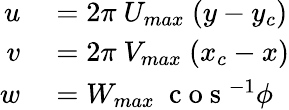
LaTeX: \begin{array}{rl}{u}&{{}=2\pi\ U_{max}\ (y-y_{c})}\\ {v}&{{}=2\pi\ V_{max}\ (x_{c}-x)}\\ {w}&{{}=W_{max}\ \mathrm{~c~o~s~}^{-1}\phi}\end{array}